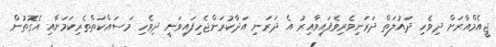
ޖީއެމްއާރަށް ދިވެހި ދައުލަތް ދަރަނިވެރިވެފައިވާއިރު އެ ދަރަނި އަދާކުރަންޖެހިފައިވަނީ ދިވެހި މަސައްކަތްތެރިކަމަށާއި އެގޮތުން